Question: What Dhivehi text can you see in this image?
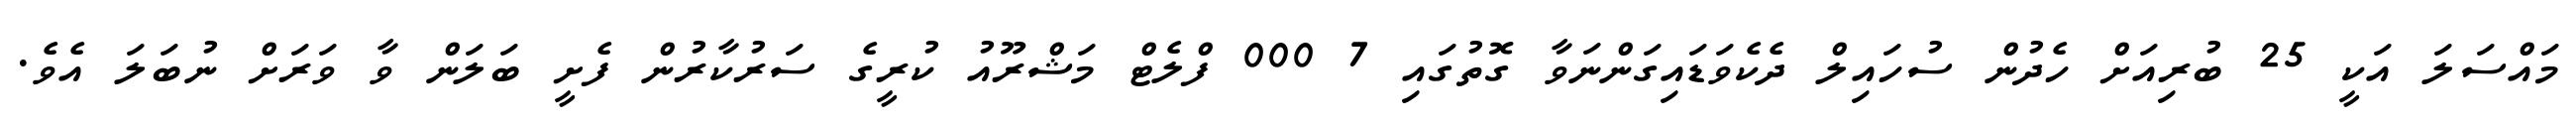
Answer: މައްސަލަ އަކީ 25 ބުރިއަށް ހެދުން ސުހައިލް ދެކެވަޑައިގަންނަވާ ގޮތުގައި 7 000 ފްލެޓް މަޝްރޫއު ކުރީގެ ސަރުކާރުން ފެށީ ބަލަން ވާ ވަރަށް ނުބަލަ އެވެ.